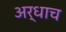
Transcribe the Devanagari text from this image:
अर्धाच